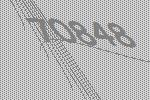
70848